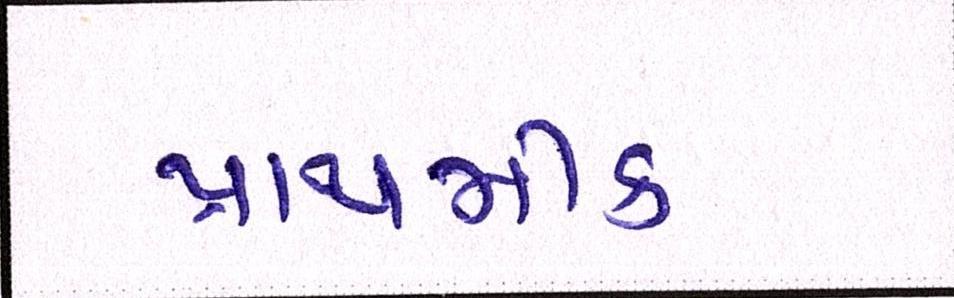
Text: પ્રાથમીક